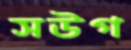
সউগ